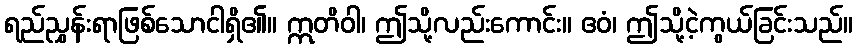
ရည်ညွှန်းရာဖြစ်သောငါရှိ၏။ ဣတိဝါ၊ ဤသို့လည်းကောင်း။ ဧဝံ၊ ဤသို့ငဲ့ကွယ်ခြင်းသည်။